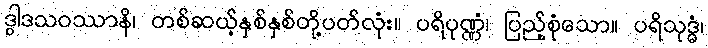
ဒွါဒသဝဿာနိ၊ တစ်ဆယ့်နှစ်နှစ်တို့ပတ်လုံး။ ပရိပုဏ္ဏံ၊ ပြည့်စုံသော။ ပရိသုဒ္ဓံ၊